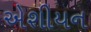
એશીયન